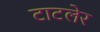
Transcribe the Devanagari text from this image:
टाटलेर